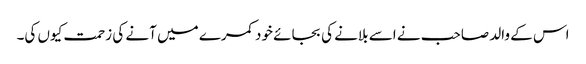
اس کے والد صاحب نے اسے بلانے کی بجائے خود کمرے میں آنے کی زحمت کیوں کی۔